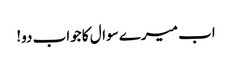
اب میرے سوال کا جواب دو!